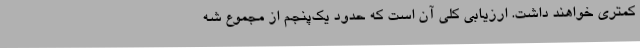
کمتری خواهند داشت. ارزیابی کلی آن است که حدود یک‌پنجم از مجموع شه